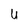
Character: U